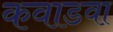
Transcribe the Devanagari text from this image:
कवाडवा